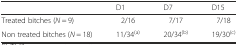
|  | D1 | D7 | D15 |
 | --- | --- | --- | --- |
 | Treated bitches (N = 9) | 2/16 | 7/17 | 7/18 |
 | Non treated bitches (N = 18) | 11/34(a) | 20/34(b) | 19/30(c) |